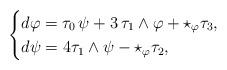
LaTeX: \begin{align*}\begin{cases}d\varphi= \tau_0\,\psi+3\,\tau_1\wedge\varphi+\star_{\varphi} \tau_3,\\d\psi=4\tau_1\wedge\psi-\star_{\varphi} \tau_2,\end{cases}\end{align*}